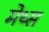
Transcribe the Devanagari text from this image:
मेथ्स